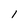
Character: 1